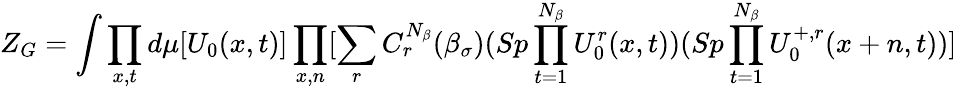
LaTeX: Z_{G}=\int\prod_{x,t}d\mu[U_{0}(x,t)]\prod_{x,n}[\sum_{r}C_{r}^{N_{\beta}}(\beta_{\sigma})(Sp\prod_{t=1}^{N_{\beta}}U_{0}^{r}(x,t))(Sp\prod_{t=1}^{N_{\beta}}U_{0}^{+,r}(x+n,t))]